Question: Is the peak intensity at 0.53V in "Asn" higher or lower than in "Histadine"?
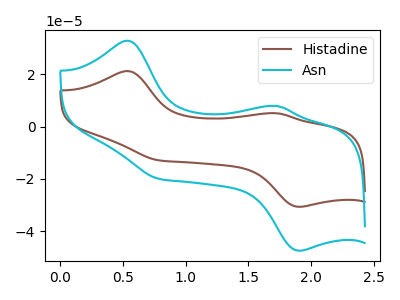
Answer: <think>The brown curve "Histadine" has anodic peaks at (0.55V, 21.15uA) (1.75V, 5.05uA) and cathodic peaks at (0.80V, -12.90uA) (1.90V, -30.60uA). The cyan curve "Asn" has anodic peaks at (0.55V, 32.70uA) (1.75V, 7.80uA) and cathodic peaks at (0.80V, -19.95uA) (1.90V, -47.35uA).</think>
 <answer>The peak at 0.53V is higher in "Asn" than in "Histadine".</answer>
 <eval>higher</eval>